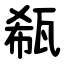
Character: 瓻